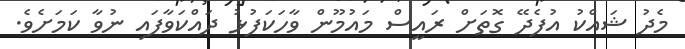
މެދު ޝައްކު އުފެދޭ ގޮތަށް ރައީސް މައުމޫން ވާހަކަފުޅު ދައްކަވާފައި ނުވާ ކަމަށެވެ.